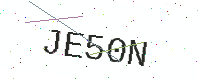
Text: JE50N